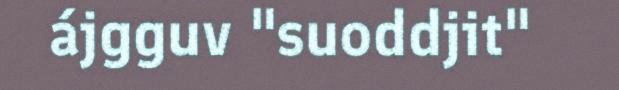
ájgguv "suoddjit"